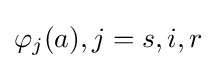
\varphi _{j}(a),j=s,i,r